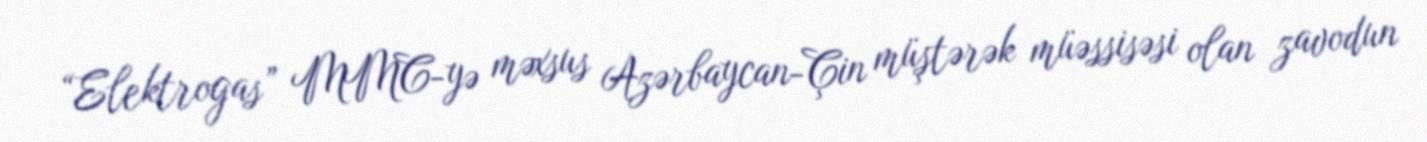
“Elektrogas” MMC-yə məxsus Azərbaycan-Çin müştərək müəssisəsi olan zavodun